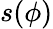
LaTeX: s(\phi)